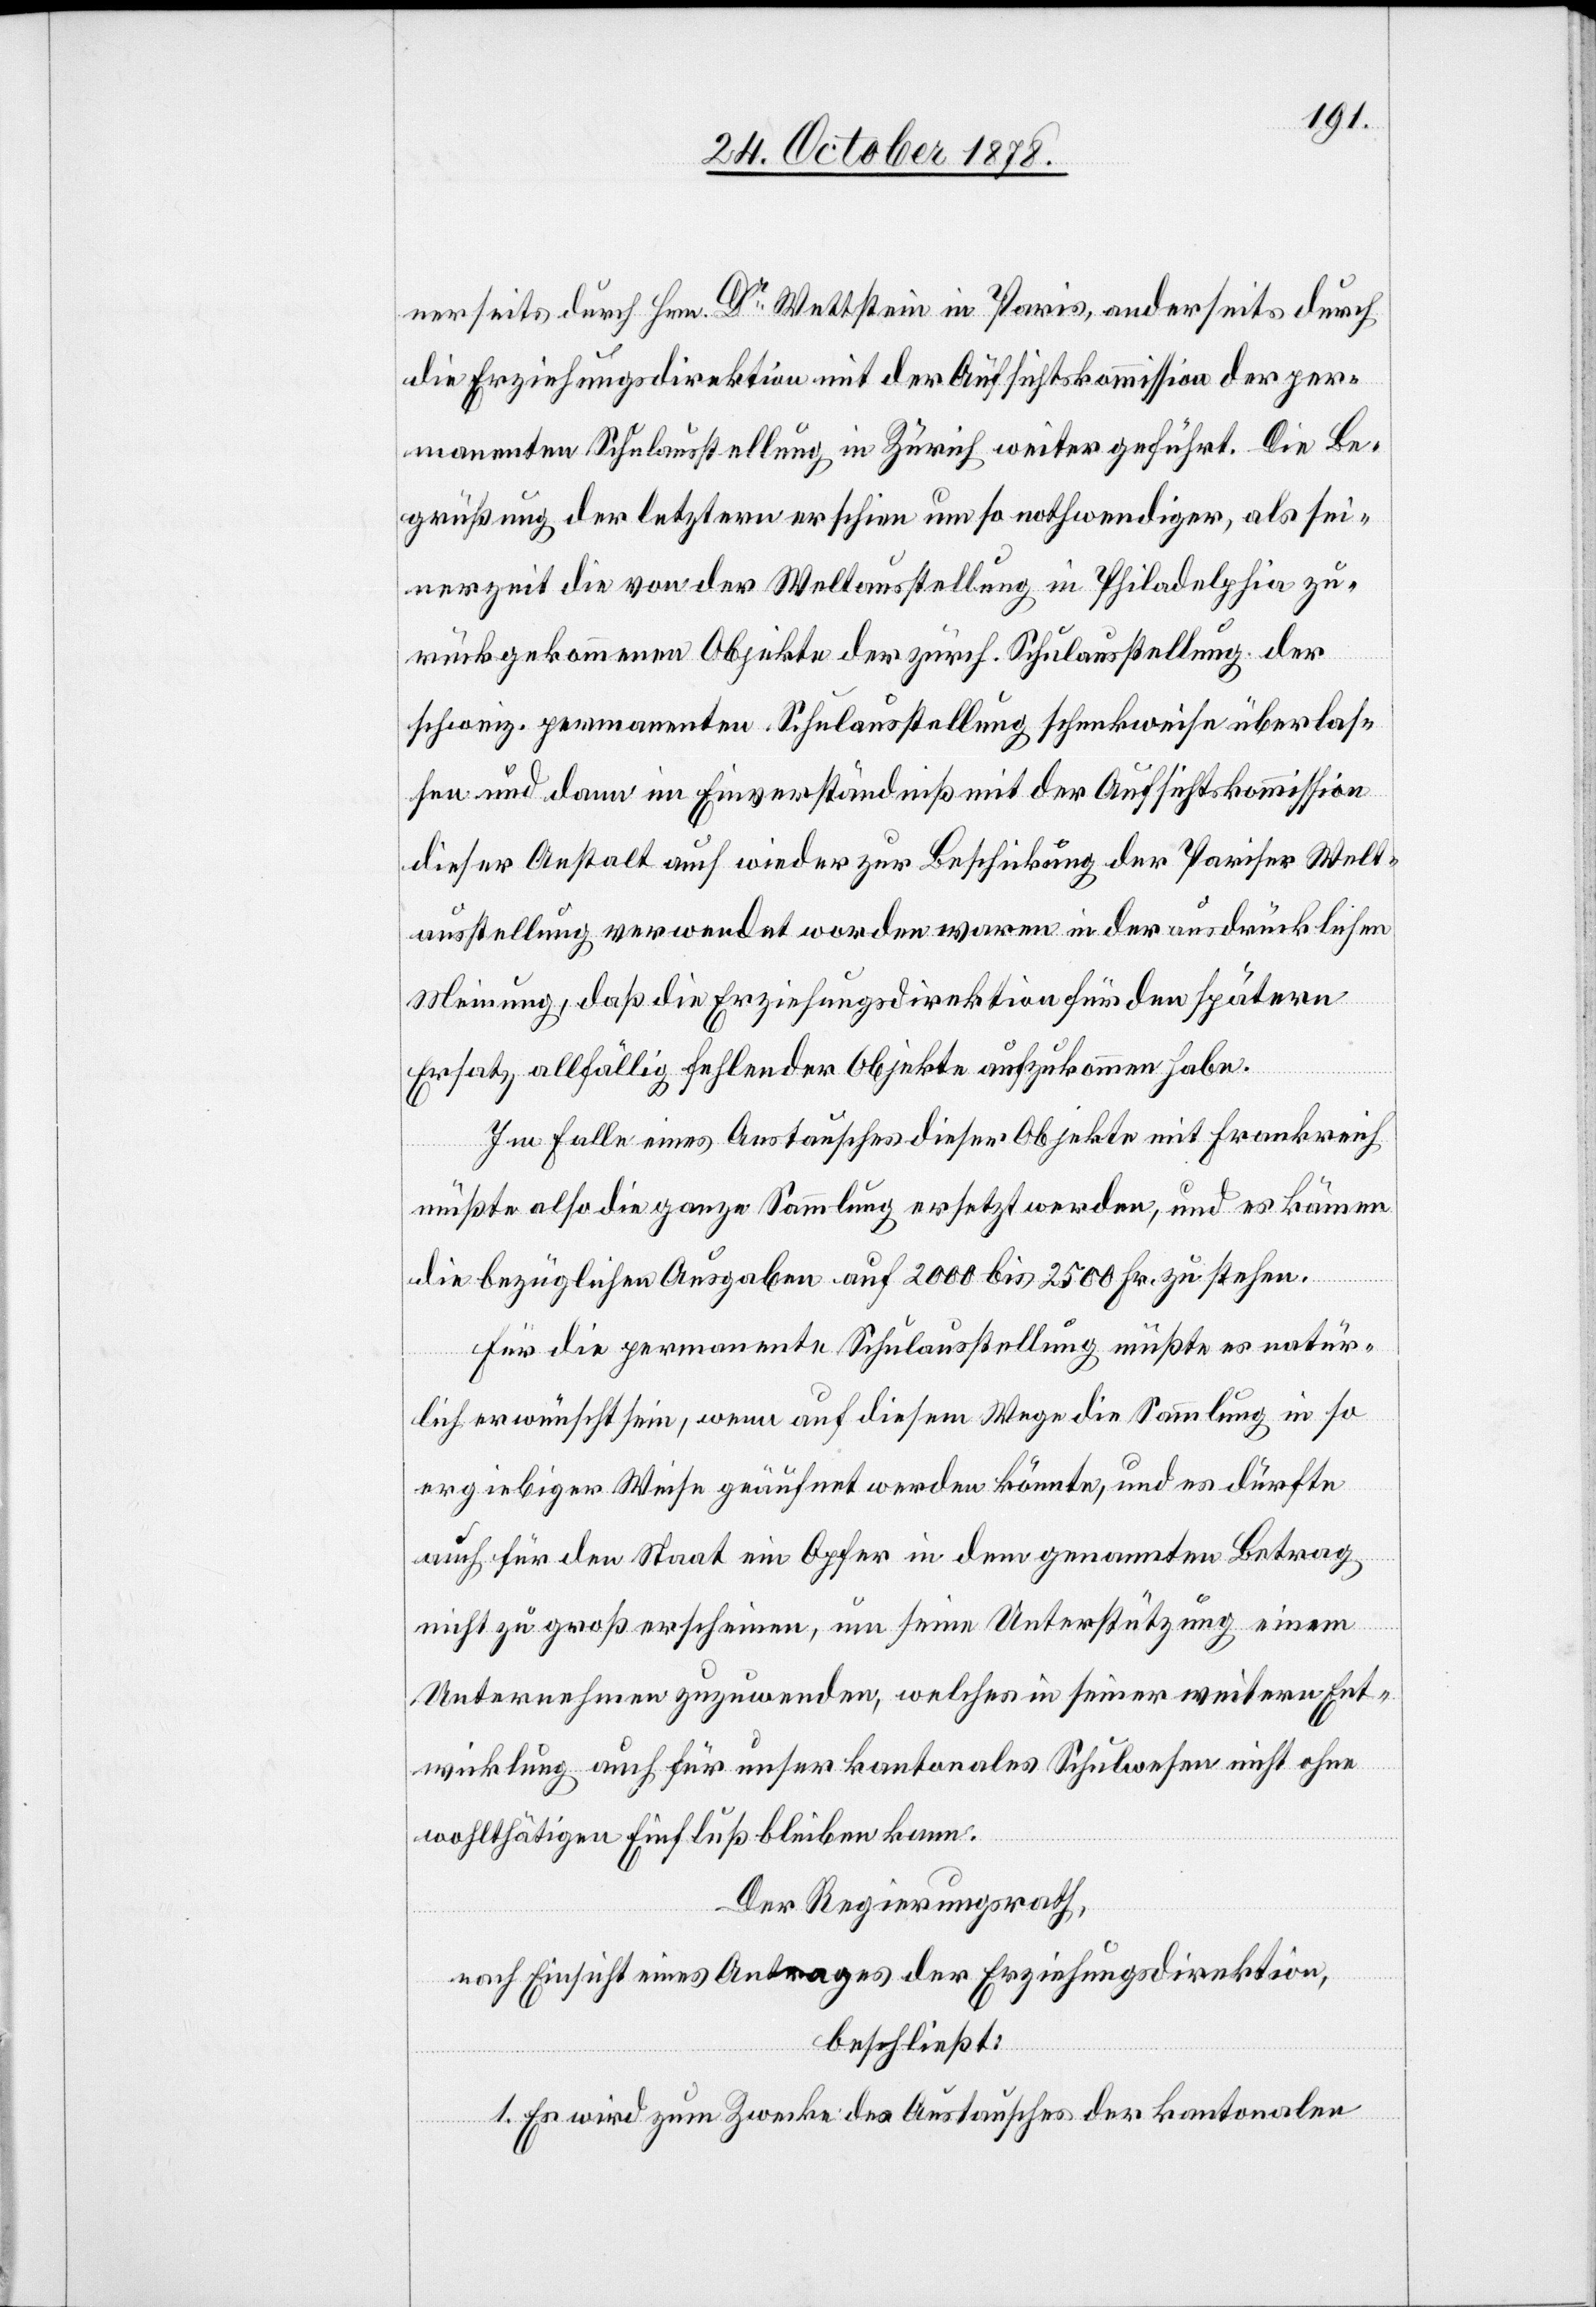
nerseits durch Hrn. Dr Wettstein in Paris, anderseits durch
die Erziehungsdirektion mit der Aufsichtskommission der per¬
manenten Schulausstellung in Zürich weiter geführt. Die Be¬
grüßung der letztern erschien um so nothwendiger, als sei¬
nerzeit die von der Weltausstellung in Philadelphia zu¬
rückgekommenen Objekte der zürch. Schulausstellung der
schweiz. permanenten Schulausstellung schenkweise überlas¬
sen und dann im Einverständniß mit der Aufsichtskommission
dieser Anstalt auch wieder zur Beschickung der Pariser Welt¬
ausstellung verwendet worden waren in der ausdrücklichen
Meinung, daß die Erziehungsdirektion für den spätern
Ersatz allfällig fehlender Objekte aufzukommen habe.
Im Falle eines Austausches dieser Objekte mit Frankreich
müßte also die ganze Sammlung ersetzt werden, und es kommen
die bezüglichen Ausgaben auf 2000 bis 2500 Fr. zu stehen.
Für die permanente Schulausstellung müßte es natür¬
lich erwünscht sein, wenn auf diesem Wege die Sammlung in so
ergiebiger Weise geäufnet werden könnte, und es dürfte
auch für den Staat ein Opfer in dem genannten Betrag
nicht zu groß erscheinen, um seine Unterstützung einem
Unternehmen zuzuwenden, welches in seiner weitern Ent¬
wicklung auch für unser kantonales Schulwesen nicht ohne
wohlthätigen Einfluß bleiben kann.
Der Regierungsrath,
nach Einsicht eines Antrages der Erziehungsdirektion,
beschließt:
1. Es wird zum Zwecke des Austausches der kantonalen